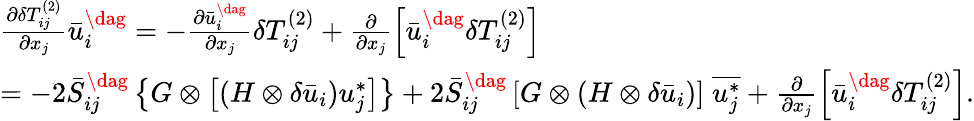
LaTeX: \begin{array}{l}{\frac{{\partial\delta T_{ij}^{\left(2\right)}}}{{\partial{x_{j}}}}\bar{u}_{i}^{\dag}=-\frac{{\partial\bar{u}_{i}^{\dag}}}{{\partial{x_{j}}}}\delta T_{ij}^{\left(2\right)}+\frac{\partial}{{\partial{x_{j}}}}\left[{\bar{u}_{i}^{\dag}\delta T_{ij}^{\left(2\right)}}\right]}\\ {=-2\bar{S}_{ij}^{\dag}\left\{ {G\otimes\left[{\left({H\otimes\delta{{\bar{u}}_{i}}}\right)u_{j}^{*}}\right]}\right\} +2\bar{S}_{ij}^{\dag}\left[{G\otimes\left({H\otimes\delta{{\bar{u}}_{i}}}\right)}\right]\; \overline{{u_{j}^{*}}}+\frac{\partial}{{\partial{x_{j}}}}\left[{\bar{u}_{i}^{\dag}\delta T_{ij}^{\left(2\right)}}\right].}\end{array}